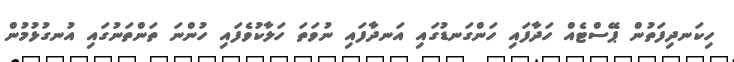
ހިކަނދިފަތުން ޕޭސްޓެއް ހަދާފައި ހަންގަނޑުގައި އަނދާފައި ނުވަތަ ހަލާކުވެފައި ހުންނަ ތަންތަނުގައި އުނގުޅުމުން